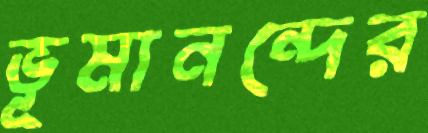
ভূমানন্দের